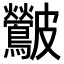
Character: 𮭛